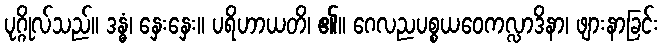
ပုဂ္ဂိုလ်သည်။ ဒန္ဓံ၊ နှေးနှေး။ ပရိဟာယတိ၊ ၏။ ဂေလညပစ္စယဝေကလ္လာဒိနာ၊ ဖျားနာခြင်း